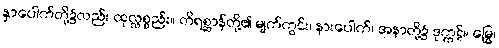
နှာပေါက်တို့၌လည်း ထုလ္လစ္စည်း။ တိရစ္ဆာန်တို့၏ မျက်ကွင်း၊ နားပေါက်၊ အနာတို့၌ ဒုက္ကဋ်။ မြွေ၊